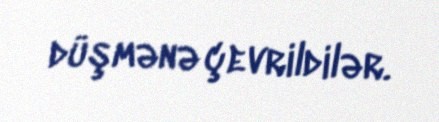
düşmənə çevrildilər.